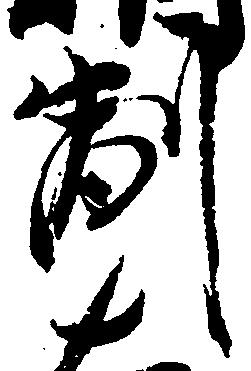
副